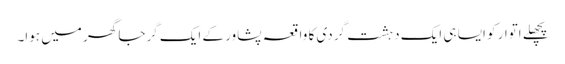
پچھلے اتوار کو ایسا ہی ایک دہشت گردی کا واقعہ پشاور کے ایک گرجا گھر میں ہوا۔